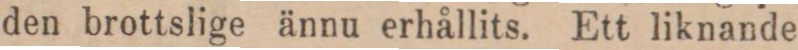
den brottslige ännu erhållits. Ett liknande